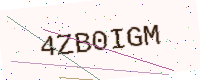
Text: 4ZB0IGM